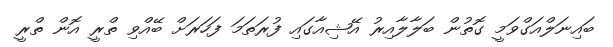
ބައިނަލްއަގްވަމީ ގޮތުން ބަލާލާއިރު އޭޝިއާގައި ފުރަތަމަ ފަހަރަށް ބޭއްވި ތްރީ އޮން ތްރީ